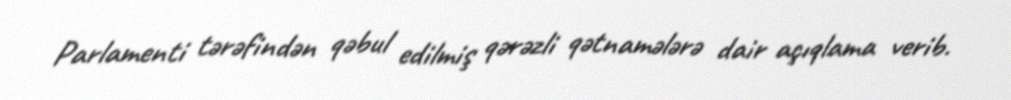
Parlamenti tərəfindən qəbul edilmiş qərəzli qətnamələrə dair açıqlama verib.